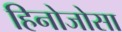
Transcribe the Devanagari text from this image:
हिनोजोसा